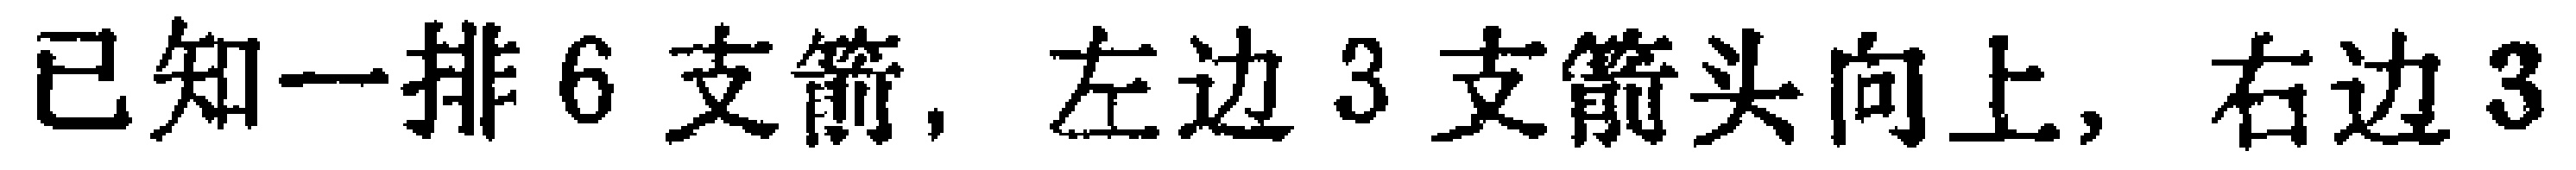
已知一排6支箭，左边3支箭头向上，右边3